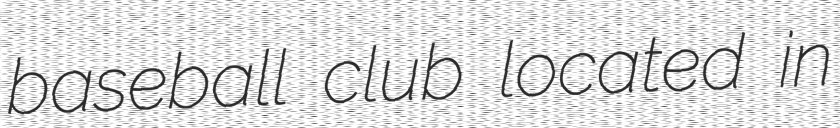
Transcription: baseball club located in